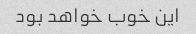
این خوب خواهد بود